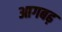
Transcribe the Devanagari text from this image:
आगबढ़